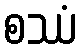
စဿံ